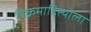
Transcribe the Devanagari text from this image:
विक्रमादित्याला